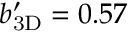
\ensuremath { b _ { \mathrm { 3 D } } ^ { \prime } } = 0 . 5 7